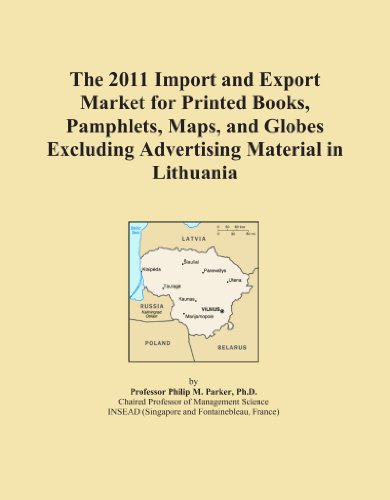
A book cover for The 2011 Import and Export Market for Printed Books, Pamphlets, Maps, and Globes Excluding Advertising Material in Lithuania; Icon Group International; Travel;